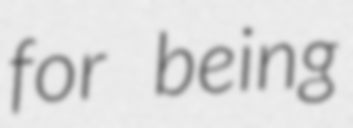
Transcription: for being